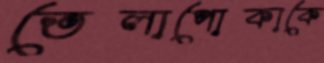
তেলাপোকাকে